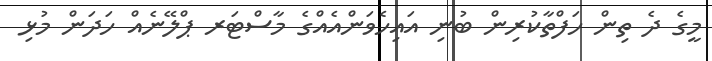
މީގެ ދެ ތިން ހަފްތާކުރިން ބުނި އައިހެވަންއެއްގެ މާސްޓަރ ޕްލޭނެއް ހަދަން މުޅި